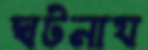
ঘটনায